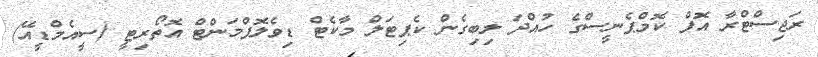
ރަޖިސްޓްރާ އޮފް ކޮމްޕެނީސްގެ ހުއްދަ ލިބިގެން ކެޕިޓަލް މާކެޓް ޑިވެލޮޕްމަންޓް އޮތޯރިޓީ (ސީއެމްޑީއޭ)